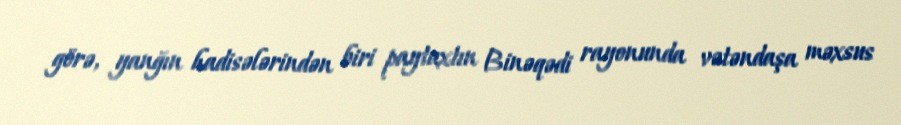
görə, yanğın hadisələrindən biri paytaxtın Binəqədi rayonunda vətəndaşa məxsus